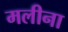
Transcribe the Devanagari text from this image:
मलीना